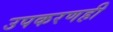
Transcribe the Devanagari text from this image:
उपकरणही